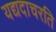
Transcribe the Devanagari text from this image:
यद्यदाचरति